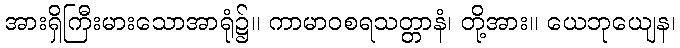
အားရှိကြီးမားသောအာရုံ၌။ ကာမာဝစရသတ္တာနံ၊ တို့အား။ ယေဘုယျေန၊